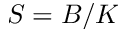
S = B / K